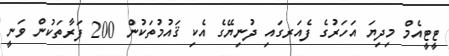
ޓީޓީއެމް މިދިޔަ އަހަރުގެ ފެއަރގައި ދުނިޔޭގެ އެކި ޤައުމުތަކުން 200 ފަރާތަކުން ވަނީ